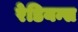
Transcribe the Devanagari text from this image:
रेडियन्स